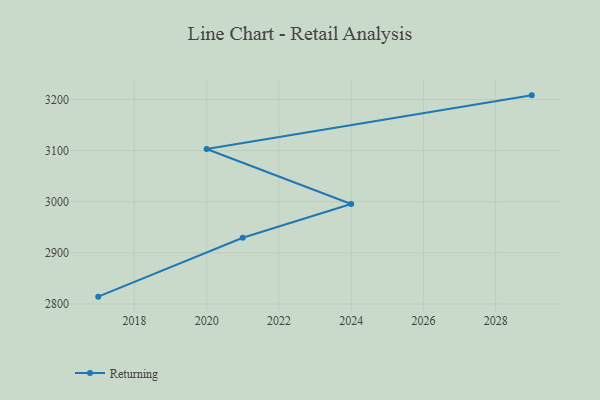
{"axis": {"x": "Year", "y": "Backlog"}, "legend": ["Returning"], "data": [{"x": "2029", "y": 3208.0, "type": "Returning"}, {"x": "2020", "y": 3103.0, "type": "Returning"}, {"x": "2024", "y": 2995.4, "type": "Returning"}, {"x": "2021", "y": 2929.5, "type": "Returning"}, {"x": "2017", "y": 2814.3, "type": "Returning"}]}